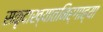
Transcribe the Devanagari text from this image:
सकृदाख्यातनिर्गाह्या